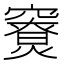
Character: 𥨤